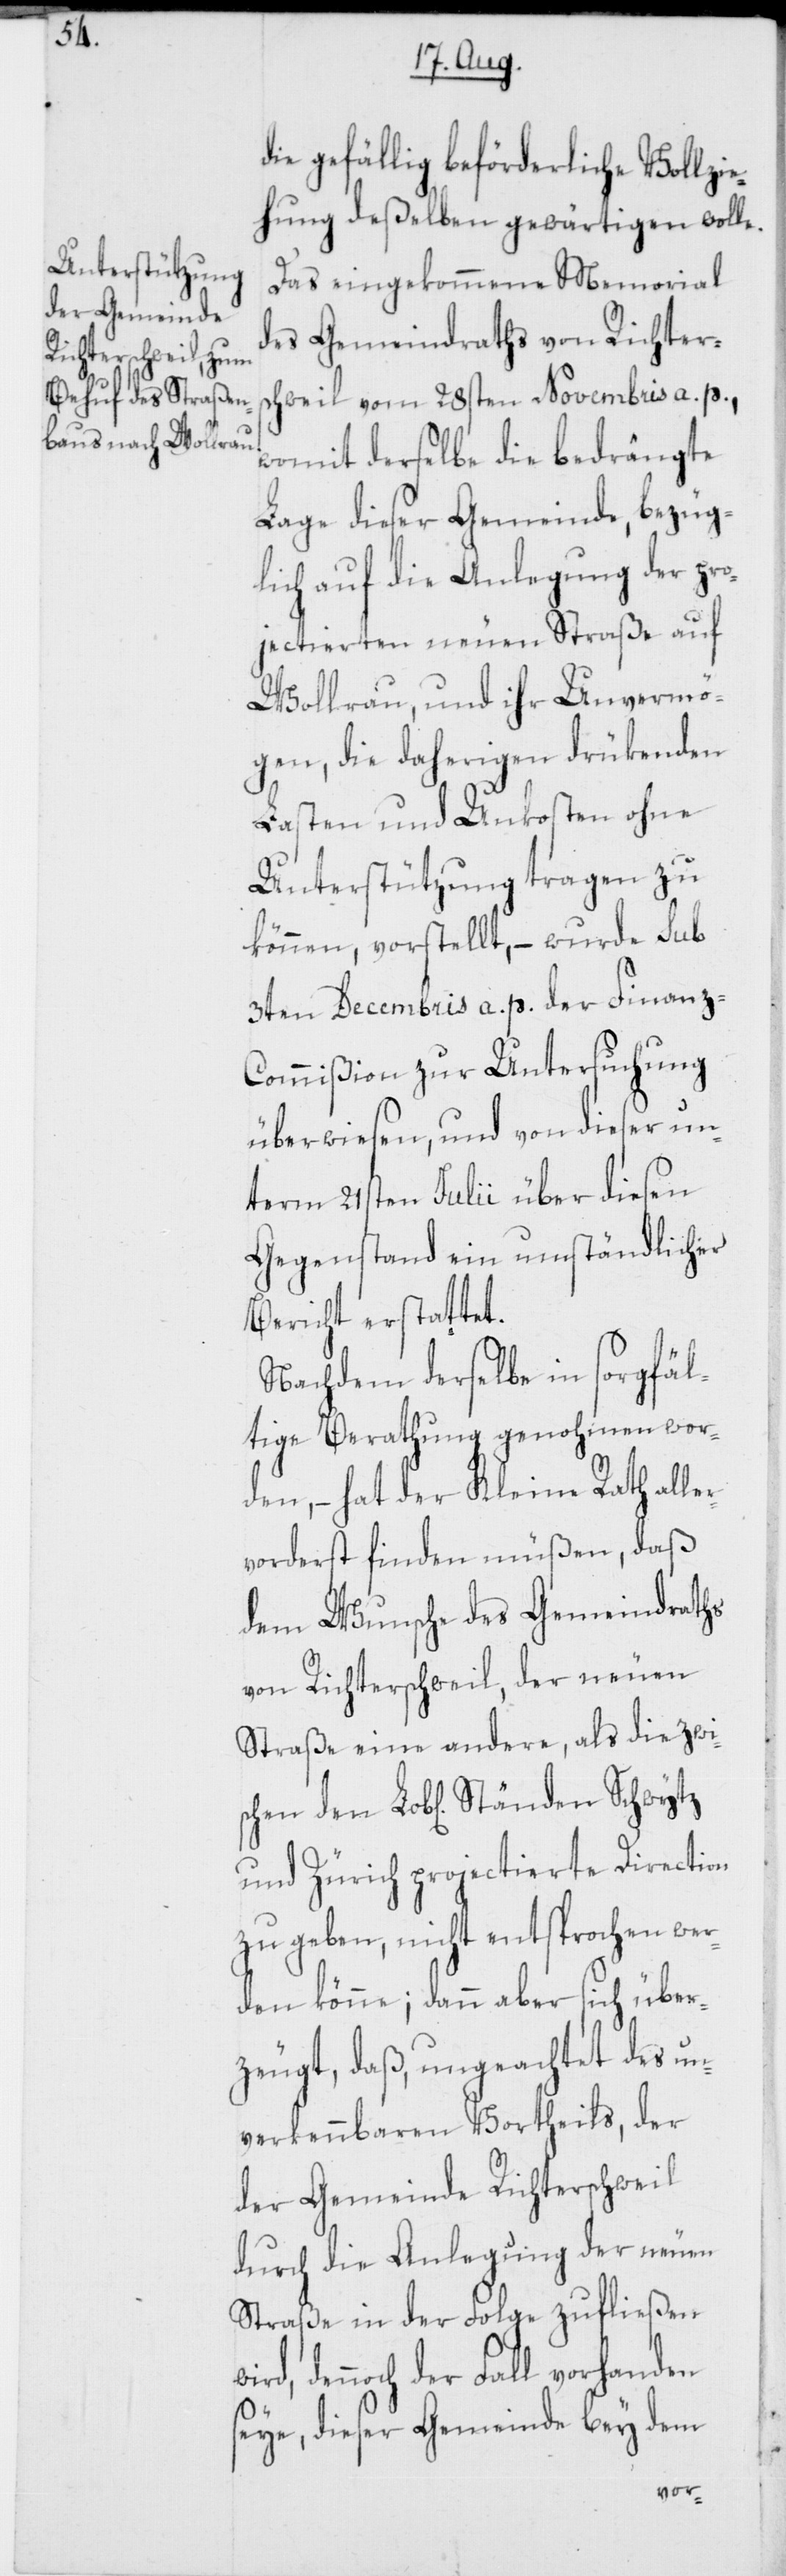
schen

die gefällig beförderliche Vollzie¬
hung deßelben gewärtigen wolle.
Das eingekommene Memorial
des Gemeindraths von Richters¬
chweil vom 28sten Novembris a. p.,
womit derselbe die bedrängte
Lage dieser Gemeinde, bezüg¬
lich auf die Anlegung der pro¬
jectierten neuen Straße auf
Wollrau, und ihr Unvermö¬
gen, die daherigen drükenden
Lasten und Unkosten ohne
Unterstützung tragen zu
können, vorstellt, – wurde sub
3ten Decembris a. p. der Finanz-C¬
ommißion zur Untersuchung
überwiesen, und von dieser un¬
term 21sten Julii über diesen
Gegenstand ein umständlicher
Bericht erstattet.
Nachdem derselbe in sorgfäl¬
tige Berathung genohmen wor¬
den, – hat der Kleine Rath aller¬
vorderst finden müßen, daß
dem Wunsche des Gemeindraths
von Richterschweil, der neuen
Straße eine andere, als die zwi¬
und Zürich projectierte Direction
zu geben, nicht entsprochen wer¬
den könne; dann aber sich über¬
zeugt, daß, ungeachtet des un¬
verkennbaren Vortheils, der
der Gemeinde Richterschweil
durch die Anlegung der neuen
Straße in der Folge zufließen
dennoch der Fall vorhanden
seye, dieser Gemeinde bey dem